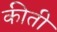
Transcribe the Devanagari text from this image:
कीती